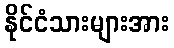
နိုင်ငံသားများအား